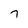
Character: 7